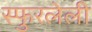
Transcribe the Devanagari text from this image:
स्फुरलेली